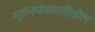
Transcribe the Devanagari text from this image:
ग्रामपंचायतीतील